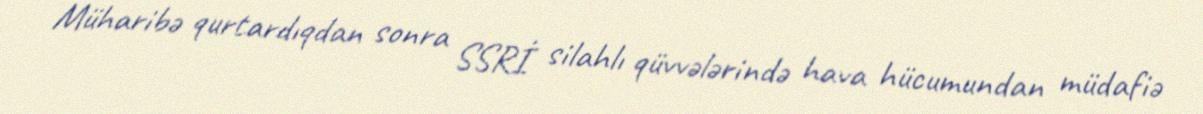
Müharibə qurtardıqdan sonra SSRİ silahlı qüvvələrində hava hücumundan müdafiə